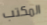
المكتب